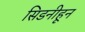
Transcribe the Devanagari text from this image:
सिडनीहून